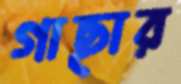
গাছার